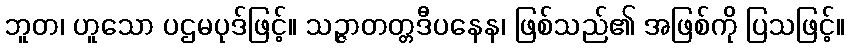
ဘူတ၊ ဟူသော ပဌမပုဒ်ဖြင့်။ သဉ္ဇာတတ္တဒီပနေန၊ ဖြစ်သည်၏ အဖြစ်ကို ပြသဖြင့်။